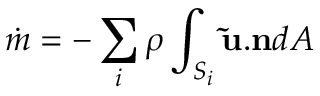
\dot { m } = - \sum _ { i } \rho \int _ { S _ { i } } \mathbf { \tilde { u } } . \mathbf { n } d A